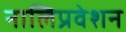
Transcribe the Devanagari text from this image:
नालिप्रवेशन